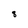
Character: 8